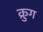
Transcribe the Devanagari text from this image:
क्रुग